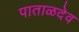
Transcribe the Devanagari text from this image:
पाताळदेव